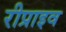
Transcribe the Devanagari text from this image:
रीप्राइव